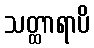
သတ္ထာရာပိ